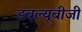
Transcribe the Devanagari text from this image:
डबल्यूबीजी